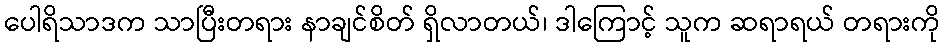
ပေါရိသာဒက သာပြီးတရား နာချင်စိတ် ရှိလာတယ်၊ ဒါကြောင့် သူက ဆရာရယ် တရားကို